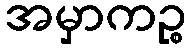
အမှာကဉ္စ